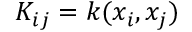
K _ { i j } = k ( x _ { i } , x _ { j } )